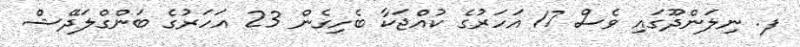
ފ. ނިލަންދޫގައި ވެސް 17 އަހަރުގެ ކުއްޖަކާ ބެހިގެން 23 އަހަރުގެ ބަންގްލަދޭޝް